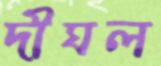
দীঘল